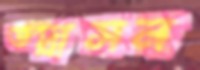
ভদ্রাসন